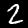
Label: 2